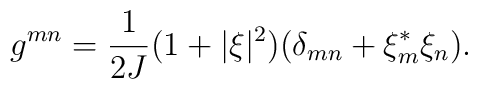
g^{mn}=\frac{1}{2J}(1+\vert\xi\vert^2)(\delta_{mn}+ \xi^*_m\xi_n).